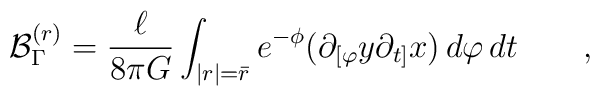
{\cal B}^{(r)}_\Gamma= \frac {\ell} {8 \pi G} \int_{|r|=\bar r} e^{-\phi}( \partial_{[\varphi} y \partial_{t]} x ) \, d\varphi \, dt \qquad ,